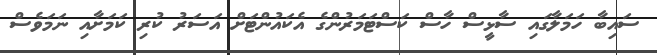
ސައިބާ ހަމަލާގައި ސާޅީސް ހާސް ކަސްޓަމަރުންގެ އެކައުންޓަށް އަސަރު ކުރި ކަމަށާއި ނަމަވެސް